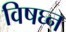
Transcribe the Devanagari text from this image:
विषघ्न